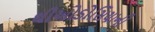
થીઓડોસિયાની